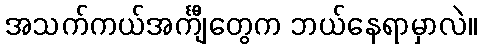
အသက်ကယ်အင်္ကျီတွေက ဘယ်နေရာမှာလဲ။